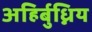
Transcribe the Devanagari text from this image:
अहिर्बुध्निय